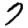
Digit: 7